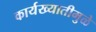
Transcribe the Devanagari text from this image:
कार्यख्यातीमुळे